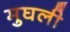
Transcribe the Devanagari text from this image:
मुघली